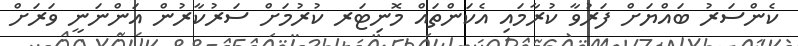
ކެންސަރު ބައްޔަށް ފަރުވާ ކުރާމައި އެކަންތައް މޮނިޓަރ ކުރުމަށް ސަރުކާރުން އަންނަނީ ވަރަށް